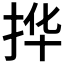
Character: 𫼧